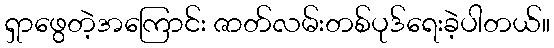
ရှာဖွေတဲ့အကြောင်း ဇာတ်လမ်းတစ်ပုဒ်ရေးခဲ့ပါတယ်။